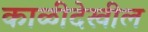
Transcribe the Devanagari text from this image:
काळीदेखील